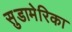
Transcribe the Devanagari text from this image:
सुडामेरिका